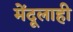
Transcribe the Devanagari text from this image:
मेंदूलाही